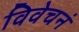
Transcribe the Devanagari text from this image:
विवेचनं